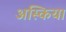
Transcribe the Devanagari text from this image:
अस्किया